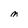
Character: M